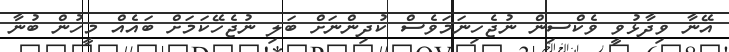
އޭނާ ވިދާޅުވީ ވެކްސިން ނުޖެހިނަމަވެސް ކުދިންނަށް ބަލި ނުޖެހޭކަމަށް ބައެއް މީހުން ބުނާ